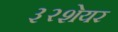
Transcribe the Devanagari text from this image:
३२शेयर